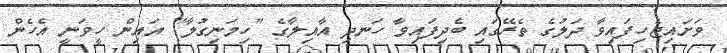
ވަށައިޖެހިފައިވާ ދަލުގެ ތެރޭގައި ބެދިފައިވާ ހަނދި އާއިލާގެ "ހިމަނިގުލާ" އައިން ހީވަނީ އެހެން